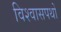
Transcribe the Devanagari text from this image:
विश्वासपथों